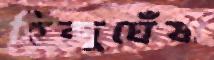
হিন্দুঘেঁষা